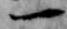
一